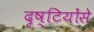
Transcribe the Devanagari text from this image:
दृष्टियोंसे